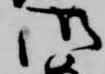
御